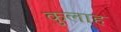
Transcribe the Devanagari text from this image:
कुलाह